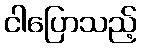
ငါပြောသည့်